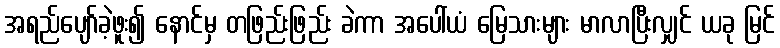
အရည်ပျော်ခဲ့ဖူး၍ နောင်မှ တဖြည်းဖြည်း ခဲကာ အပေါ်ယံ မြေသားများ မာလာပြီးလျှင် ယခု မြင်